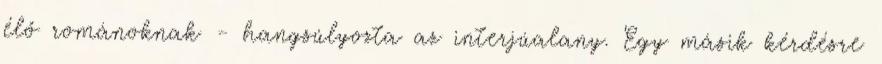
élő románoknak - hangsúlyozta az interjúalany. Egy másik kérdésre